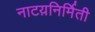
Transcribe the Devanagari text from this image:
नाटय़निर्मिती